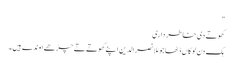
"
کھوتے دی خاطر داری
ہک دن لوکاں ڈٹھا جو مُلا نصرالدین اپنے کھوتے تے چڑھے اوندے ہیں ۔